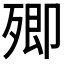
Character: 𣩃